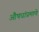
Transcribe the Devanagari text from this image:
औषधांप्रमाणे